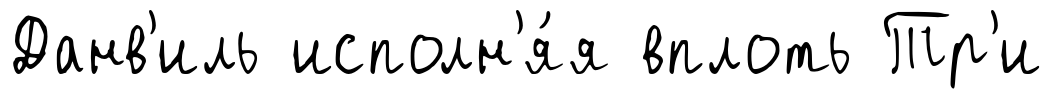
Данв'иль исполн'я́я вплоть Тр'и